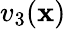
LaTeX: v_{3}(\mathbf{x})